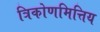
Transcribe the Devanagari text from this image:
त्रिकोणमित्तिय